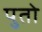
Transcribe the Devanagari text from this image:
पुतो